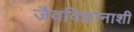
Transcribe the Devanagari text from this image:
जैवविज्ञानाशी